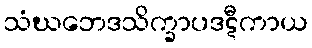
သံဃဘေဒသိက္ခာပဒဋီကာယ